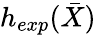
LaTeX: h_{exp}(\bar{X})